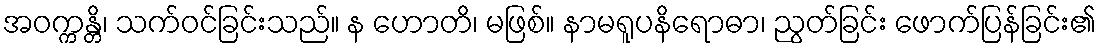
အဝက္ကန္တိ၊ သက်ဝင်ခြင်းသည်။ န ဟောတိ၊ မဖြစ်။ နာမရူပနိရောဓာ၊ ညွတ်ခြင်း ဖောက်ပြန်ခြင်း၏